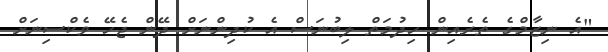
"އެ ނިޒާމްގެ ތެރެއިން ހިދުމަތް ލިބުނަސް އެ ކުދިންނަށް ދޭން ޖެހޭ ވެކްސިނަށް